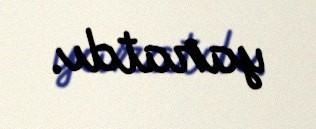
yaratdı.